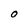
Character: O